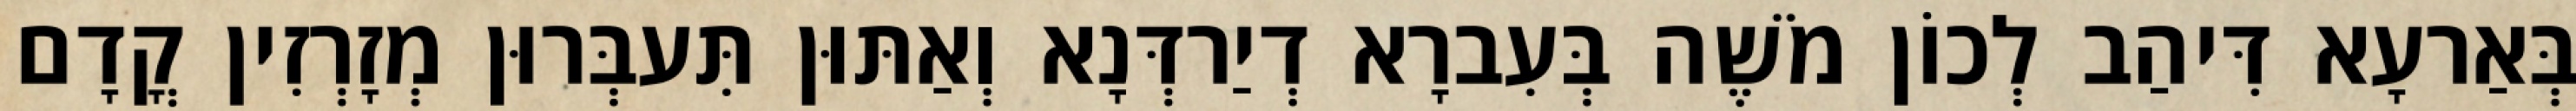
בְּאַרעָא דִּיהַב לְכוֹן מֹשֶׁה בְּעִברָא דְיַרדְּנָא וְאַתּוּן תִּעבְּרוּן מְזָרְזִין קֳדָם